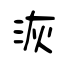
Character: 洃